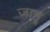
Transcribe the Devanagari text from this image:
जामू